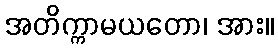
အတိက္ကာမယတော၊ အား။